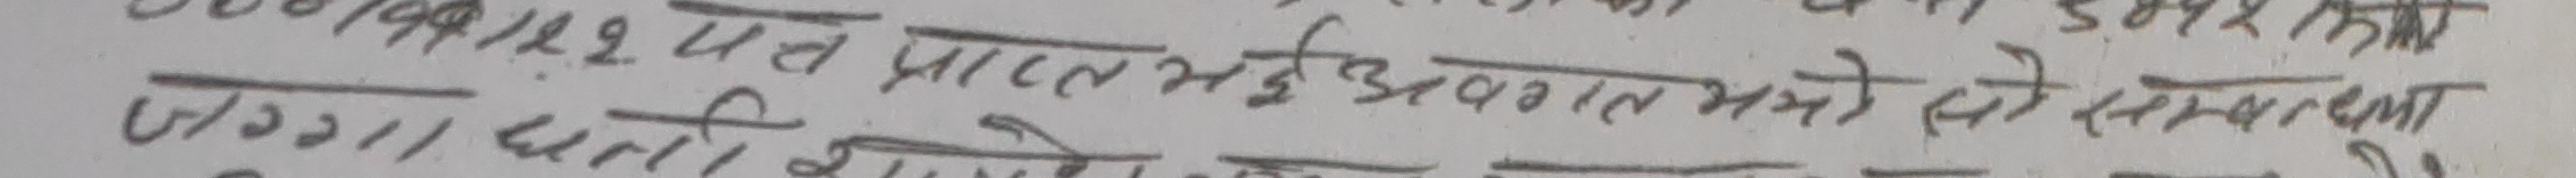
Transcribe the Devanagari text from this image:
308/199/129. पत प्राप्त भई अवगत भयो सो समस्या
जुग्गा क्षति